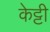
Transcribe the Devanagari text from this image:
केट्टी